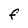
Character: F